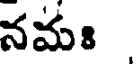
నమః